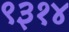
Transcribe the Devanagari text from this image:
९३१४